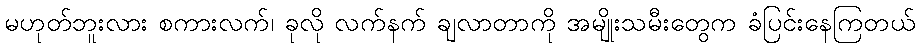
မဟုတ်ဘူးလား စကားလက်၊ ခုလို လက်နက် ချလာတာကို အမျိုးသမီးတွေက ခံပြင်းနေကြတယ်